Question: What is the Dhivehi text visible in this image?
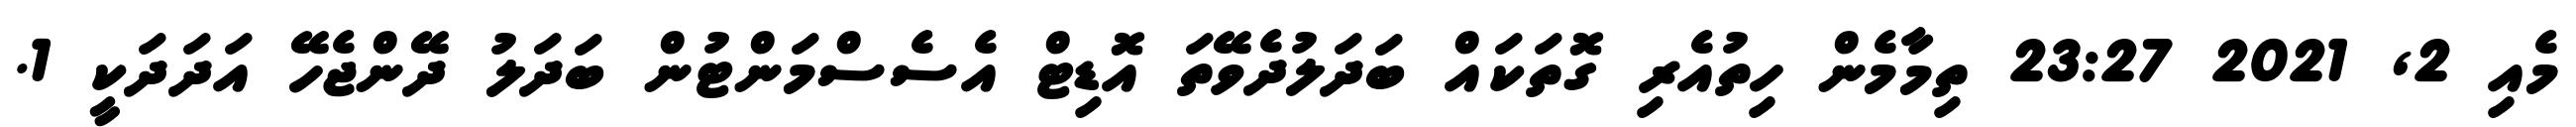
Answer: މެއި 2, 2021 23:27 ތިމާމެން ހިތުއެރި ގޮތަކައް ބަދަލުދެވޭތަ އޮޑިޓް އެސެސްމަންޓުން ބަދަލު ދޭންޖެހޭ އަދަދަކީ 1.